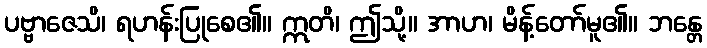
ပဗ္ဗာဇေသိ၊ ရဟန်းပြုစေ၏။ ဣတိ၊ ဤသို့။ အာဟ၊ မိန့်တော်မူ၏။ ဘန္တေ